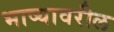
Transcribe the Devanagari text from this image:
भाष्यावरील